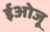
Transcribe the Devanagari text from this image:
ईओजू